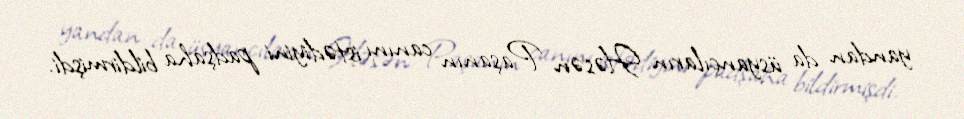
yandan da üsyançıların Həsən Paşanın canını istədiyini padşaha bildirmişdi.